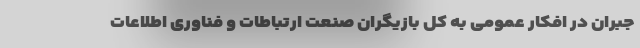
جبران در افکار عمومی به کل بازیگران صنعت ارتباطات و فناوری اطلاعات